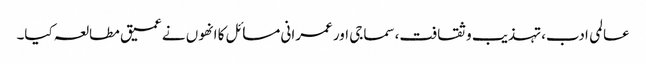
عالمی ادب،تہذیب و ثقافت،سماجی اور عمرانی مسائل کا انھوں نے عمیق مطالعہ کیا۔